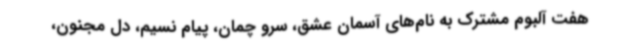
هفت آلبوم مشترک به نام‌های آسمان عشق، سرو چمان، پیام نسیم، دل مجنون،